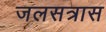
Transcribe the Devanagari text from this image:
जलसत्रास